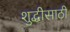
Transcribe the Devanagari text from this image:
शुद्धीसाठी